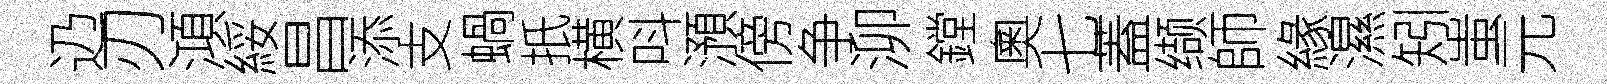
辸刃澒綏昌添支蝸扺横呌澦傍争泖鏜奧七蓋缬師緣濕矧蚩元